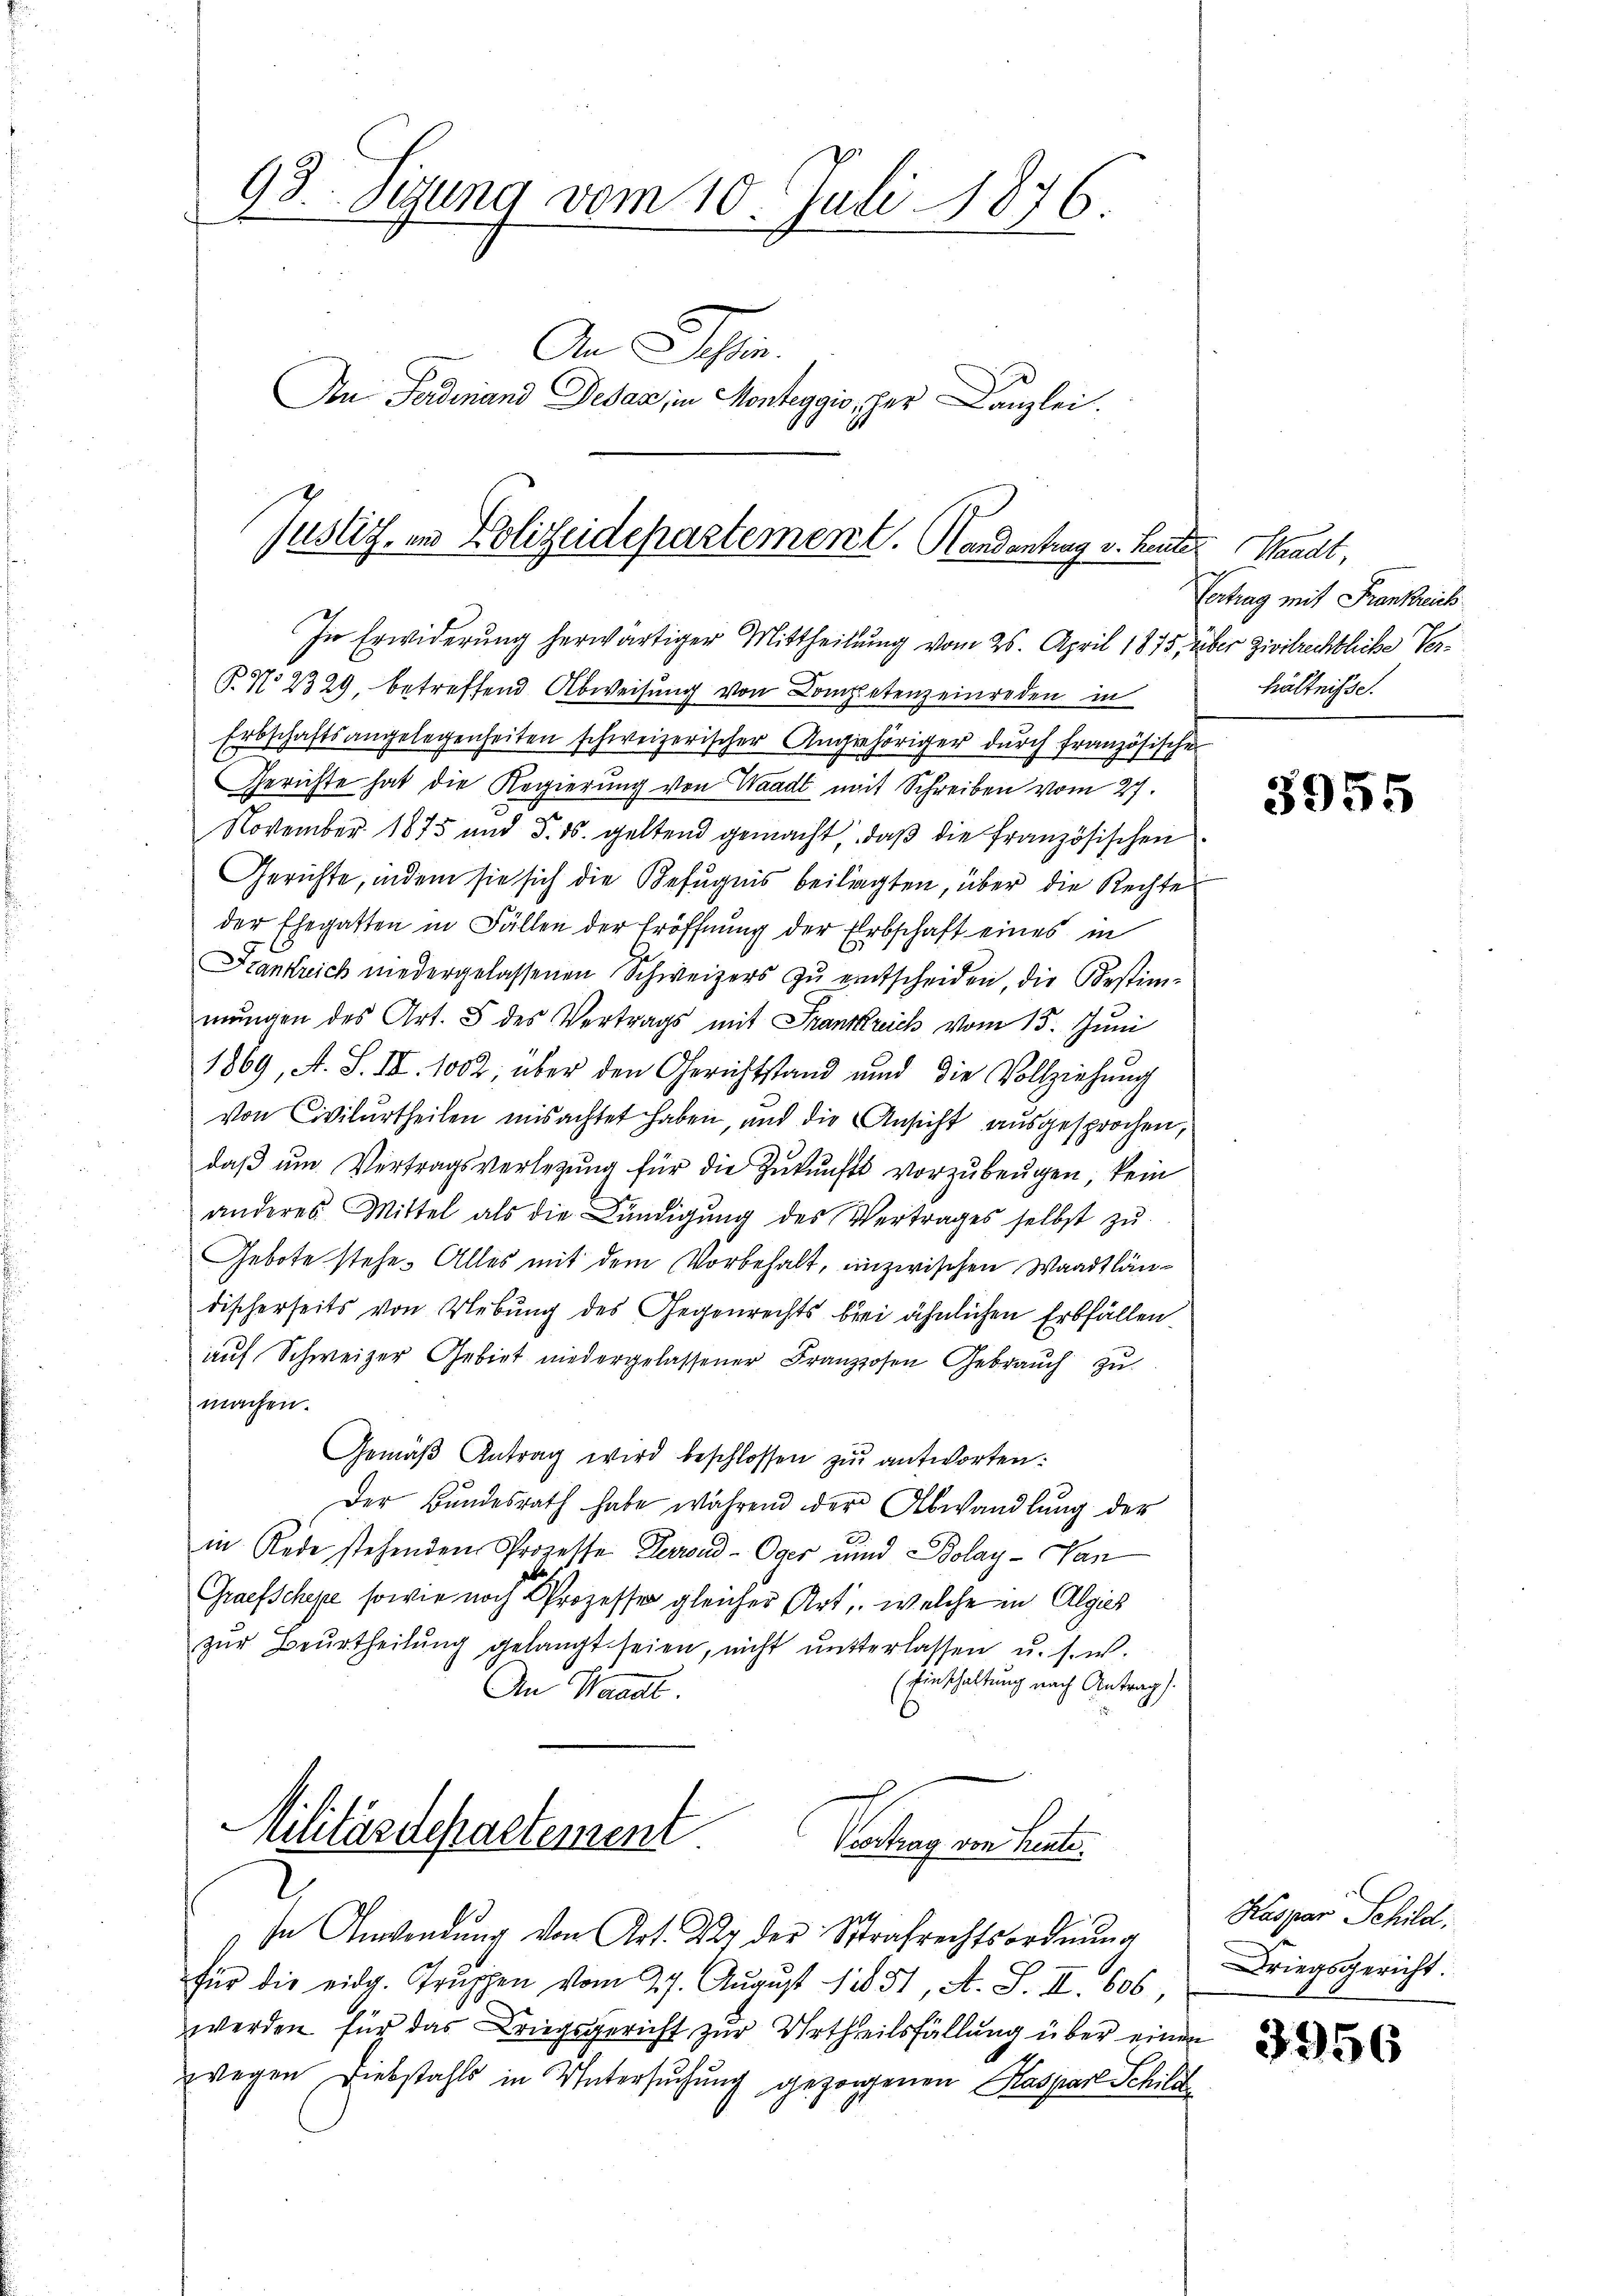
G
gr. Sigung vom 10. Juli 1876.
An Schin
Aon Ferdinand Desaz, in Monteggio, her Kanzlei.

Justiz, in Polizeidepartement. Handantrag v. Heuter Waadt,
In Erwiderung herwärtiger Mittheilung vom 25. April 1875, über Zivilrechtliche Ver¬

P. No 2329, betreffend Abweisung von Competenz einreden in
Erbschaftsangelegenheiten schweizerischer Angehöriger dŭrch französische
Gerichte hat die Regierung von Waadt mit Schreiben vom 27.
November 1875 und 5. ds. geltend gemacht, daß die französischen
Gerichte, indem sie sich die Befugnis beilagten, über die Rechte
der Ehegatten in Fällen der Eröffnung der Erbschaft eines in
Frankreich niedergelassenen Schweizers zŭ entscheiden, die Bestim-
mŭngen des Art. 5 des Vertrags mit Frankreich vom 15. Juni
1869, A. S. III. 1002, über den Gerichtstand und die Vollziehung
von Civilurtheilen misachtet haben, und die Ansicht ausgesprochen,
daβ ŭm Vertragsverlegŭng für die Zŭkŭnfts vorzŭbeŭgen, kein
anderes Mittel als die Bündigŭng des Vertrages selbst zŭ
Gebote stehe. Alles mit dem Vorbehalt, inzwischen Waadtländischerseits von Uebung des Gegenrechts brei ähnlichen Erbfällen.
auf Schweizer Gebiet niedergelassener Franzosen Gebrauch zu
machen.
Gemäβ Antrag wird beschlossen zŭr antworten:
Der Bŭndesrath habe während der Abwandlung der
in Rede stehenden Prozesse Perrond-Oger und Bolay-Han
Graefsche sowie noch Prozesse gleicher Art, welche in Algies
zŭr Beurtheilŭng gelangt seien, nicht unterlassen u. s. w.
(Einschaltung nach Antrag
An Waadt
Militärdepartement
Vvortrag von Kente.

In Anwendung von Art. Der der Strafrechtsordnung
für die eidg. Trŭppen vom 27. Aŭgŭst 18851, A. S. II. 606,
werden für das Kriegsgericht zur Urtheilsfällung über einen
wegen Diebstahls in Untersuchung gezogenen Kaspar Schild

Vertrag mit Frankreich
hältnisse.

3955

Kaspar Schild.
Driegsgericht.

3956